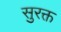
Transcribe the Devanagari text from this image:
सुरक्त